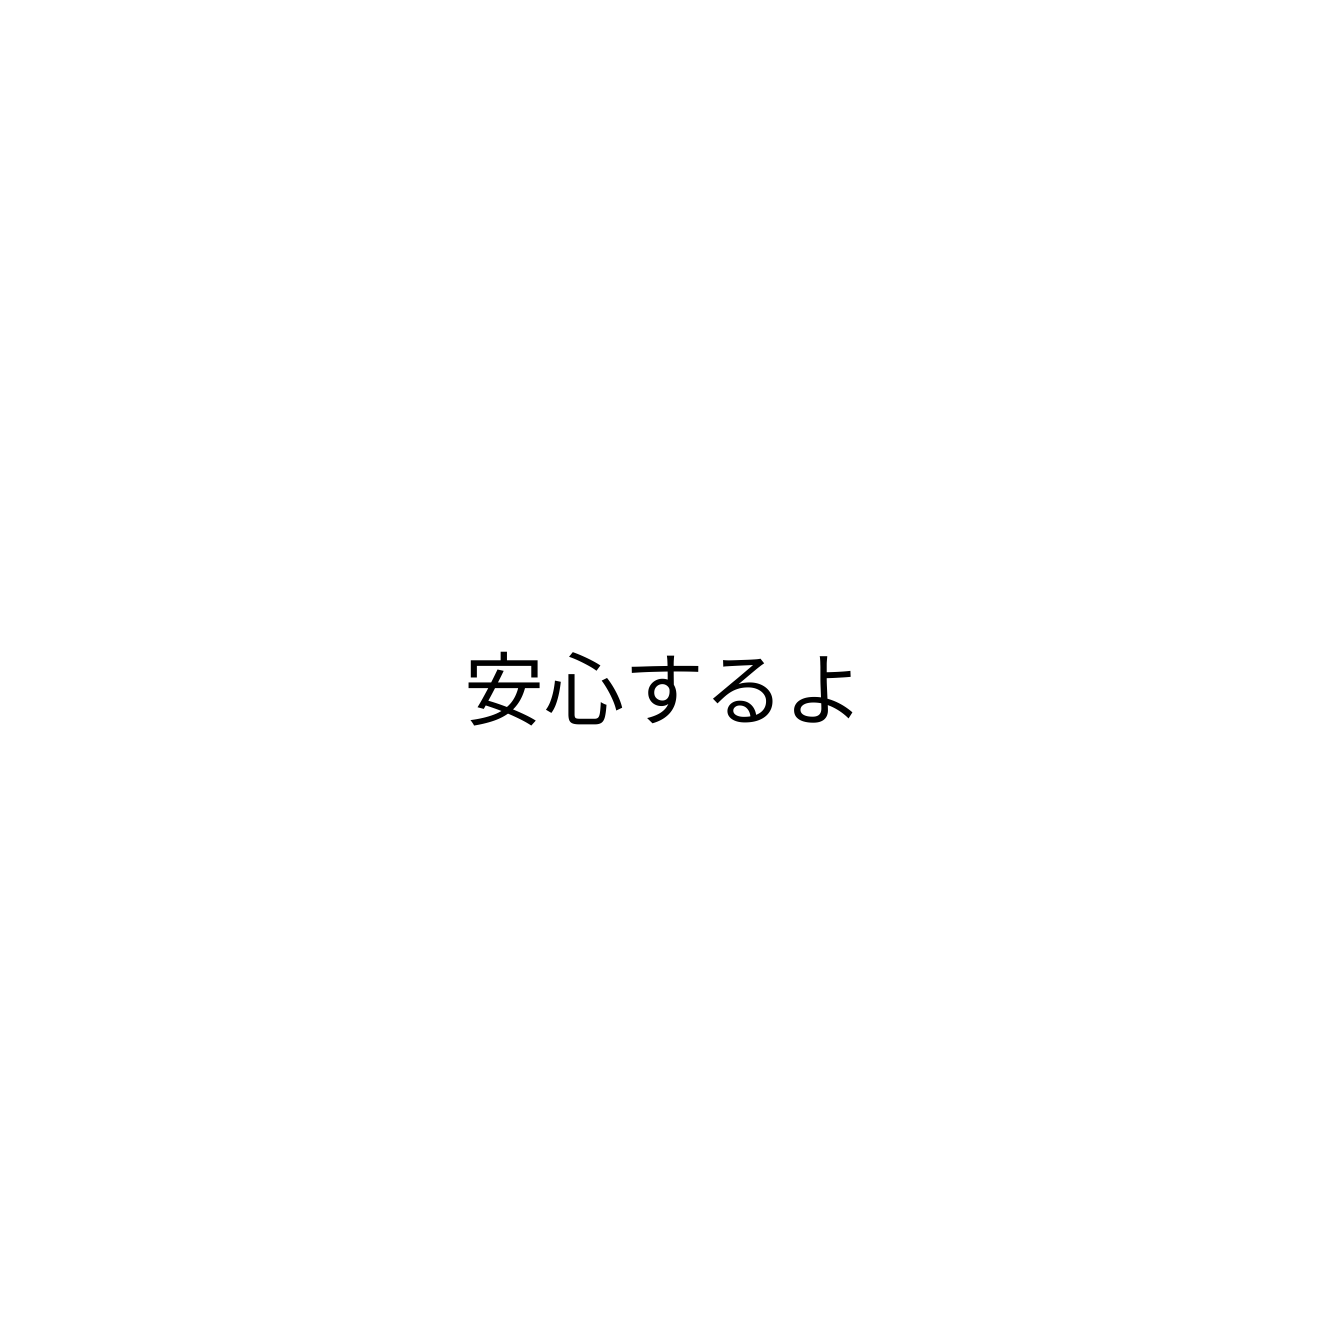
安心するよ